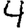
Digit: 4